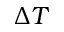
\Delta T